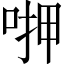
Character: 𠶟